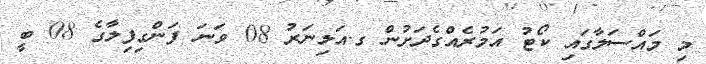
މި މައްސަލާގައި ކޯޓު އަމުރެއްގެދަށުން ގ.އަލިނަރު 08 ވަނަ ފަންގިފިލާގެ 08 ބީ